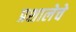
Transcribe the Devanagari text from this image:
प्रशालेचे